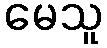
မေသူ